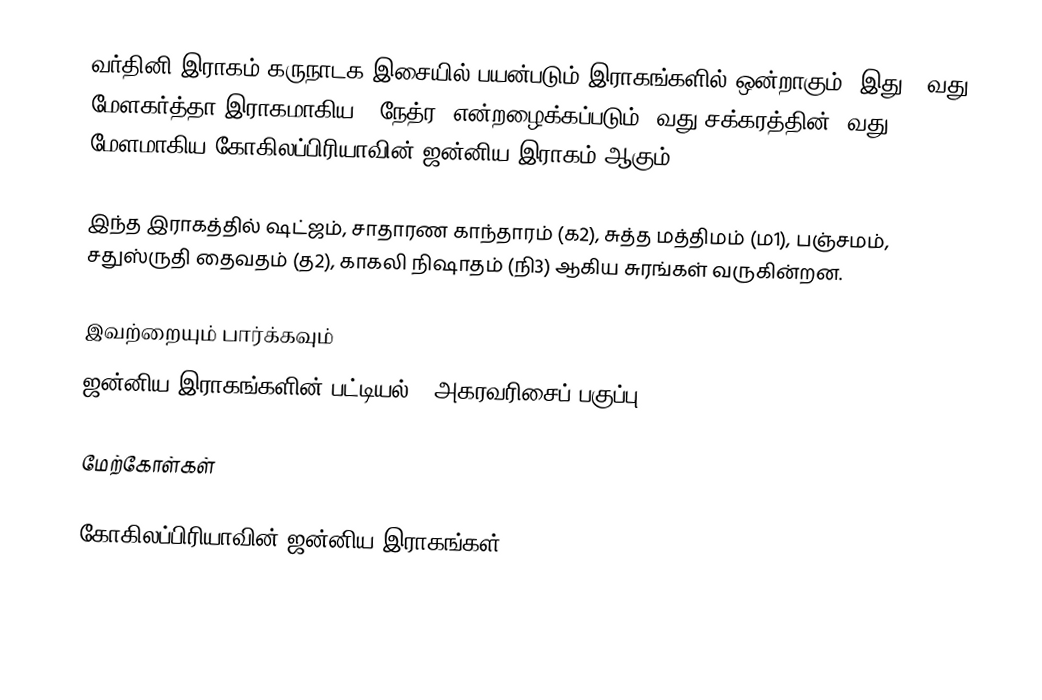
வர்தினி இராகம் கருநாடக இசையில் பயன்படும் இராகங்களில் ஒன்றாகும். இது 11வது மேளகர்த்தா இராகமாகிய, "நேத்ர" என்றழைக்கப்படும் 2வது சக்கரத்தின் 5வது மேளமாகிய கோகிலப்பிரியாவின் ஜன்னிய இராகம் ஆகும்.

இந்த இராகத்தில் ஷட்ஜம், சாதாரண காந்தாரம் (க2), சுத்த மத்திமம் (ம1), பஞ்சமம், சதுஸ்ருதி தைவதம் (த2), காகலி நிஷாதம் (நி3) ஆகிய சுரங்கள் வருகின்றன.

இவற்றையும் பார்க்கவும்
 ஜன்னிய இராகங்களின் பட்டியல் - அகரவரிசைப் பகுப்பு

மேற்கோள்கள்

கோகிலப்பிரியாவின் ஜன்னிய இராகங்கள்